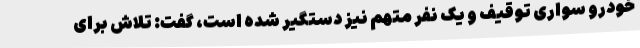
خودرو سواری توقیف و یک نفر متهم نیز دستگیر شده است، گفت: تلاش برای